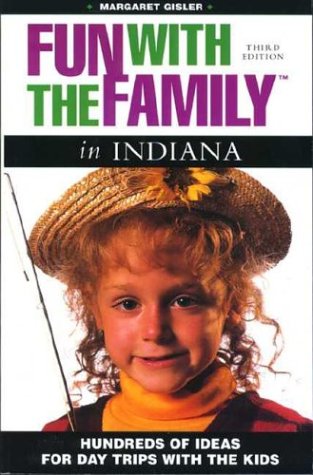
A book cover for Fun with the Family: Indiana 3rd Edition; Margaret Gisler; Travel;